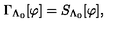
\Gamma _ { \Lambda _ { 0 } } [ \varphi ] = S _ { \Lambda _ { 0 } } [ \varphi ] ,